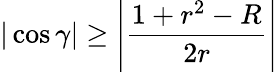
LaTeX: |\cos\gamma|\geq\left|{\frac{1+r^{2}-R}{2r}}\right|